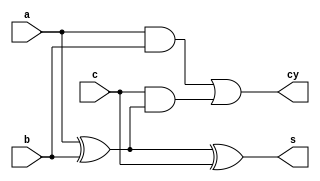
`timescale 1ns / 1ps
module stage1_fa (input a,b,c,output s,cy);
//assign s=a^b^c;
xor xor_1(s,a,b,c);
assign cy=(a & b)|c &(a^b);
endmodule

module csa(input a0,a1,a2,a3,a4,a5,a6,a7,b0,b1,b2,b3,b4,b5,b6,b7,c0,c1,c2,c3,c4,c5,c6,c7,output s0,s1,s2,s3,s4,s5,s6,s7,s8,cout);
wire s00,s01,s02,s03,s04,s05,s06,s07,cy00,cy01,cy02,cy03,cy04,cy05,cy06,cy07;
stage1_fa fa1(a0,b0,c0,s0,cy00);
stage1_fa fa2(a1,b1,c1,s01,cy01);
stage1_fa fa3(a2,b2,c2,s02,cy02);
stage1_fa fa4(a3,b3,c3,s03,cy03);
stage1_fa fa5(a4,b4,c4,s04,cy04);
stage1_fa fa6(a5,b5,c5,s05,cy05);
stage1_fa fa7(a6,b6,c6,s06,cy06);
stage1_fa fa8(a7,b7,c7,s07,cy07);
wire cin0,c10,c11,c12,c13,c14,c15,c16;
assign cin=0;
assign sin=0;
stage1_fa fa9(cy00,s01,cin,s1,c10);
stage1_fa fa10(cy01,s02,c10,s2,c20);
stage1_fa fa11(cy02,s03,c20,s3,c30);
stage1_fa fa12(cy03,s04,c30,s4,c40);
stage1_fa fa13(cy04,s05,c40,s5,c50);
stage1_fa fa14(cy05,s06,c50,s6,c60);
stage1_fa fa15(cy06,s07,c60,s7,c70);
stage1_fa fa16(cy07,sin,c70,s8,cout);
endmodule